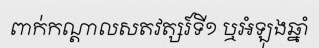
ពាក់កណ្តាលសតវត្សរ៍ទី១ ឬអំឡុងឆ្នាំ